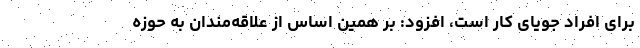
برای افراد جویای کار است، افزود: بر همین اساس از علاقه‌مندان به حوزه